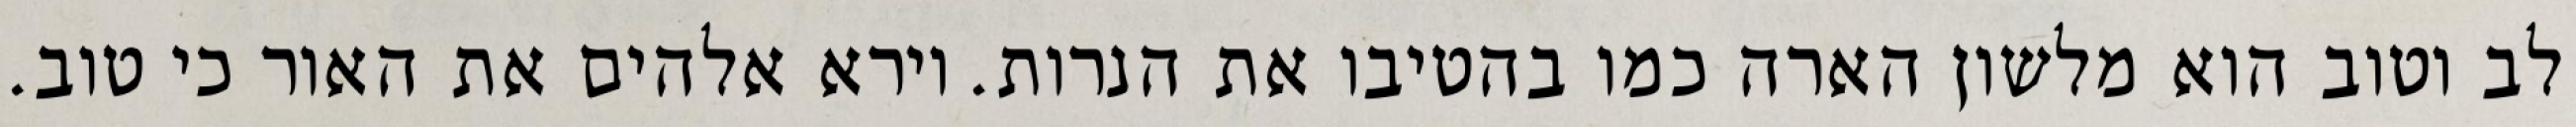
לב וטוב הוא מלשון הארה כמו בהטיבו את הנרות. וירא אלהים את האור כי טוב.